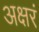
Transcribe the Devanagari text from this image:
अक्षरं